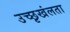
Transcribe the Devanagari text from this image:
उच्छृखंलता